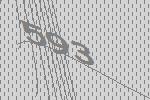
593